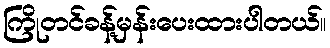
ကြိုတင်ခန့်မှန်းပေးထားပါတယ်။